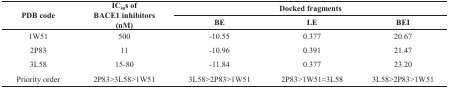
<table><thead><tr><td rowspan="2"><b>PDB code </b></td><td rowspan="2"><b>IC<sub>50</sub>s of BACE1 inhibitors (nM) </b></td><td colspan="3"><b>Docked fragments </b></td></tr><tr><td><b>BE </b></td><td><b>LE </b></td><td><b>BEI </b></td></tr></thead><tbody><tr><td>1W51 </td><td>500 </td><td>-10.55 </td><td>0.377 </td><td>20.67 </td></tr><tr><td>2P83 </td><td>11 </td><td>-10.96 </td><td>0.391 </td><td>21.47 </td></tr><tr><td>3L58 </td><td>15-80 </td><td>-11.84 </td><td>0.377 </td><td>23.20 </td></tr><tr><td>Priority order </td><td>2P83&gt;3L58&gt;1W51 </td><td>3L58&gt;2P83&gt;1W51 </td><td>2P83&gt;1W51≈3L58 </td><td>3L58&gt;2P83&gt;1W51 </td></tr></tbody></table>